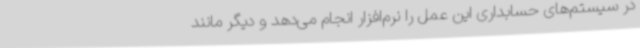
در سیستم‌های حسابداری این عمل را نرم‌افزار انجام می‌دهد و دیگر مانند